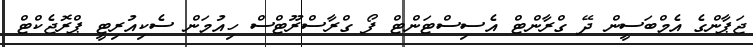
ޖަޕާންގެ އެމްބަސީން ދޭ ގްރާންޓް އެސިސްޓަންޓް ފޯ ގްރާސްރޫޓްސް ހިއުމަން ސެކިއުރިޓީ ޕްރޮޖެކްޓް